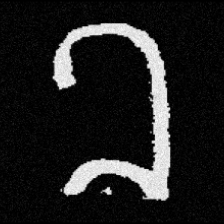
Pyu character \u2014 Myanmar letter: ခ (romanized: kha)